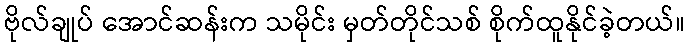
ဗိုလ်ချုပ် အောင်ဆန်းက သမိုင်း မှတ်တိုင်သစ် စိုက်ထူနိုင်ခဲ့တယ်။